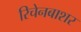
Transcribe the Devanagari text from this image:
रिचेनबाशर